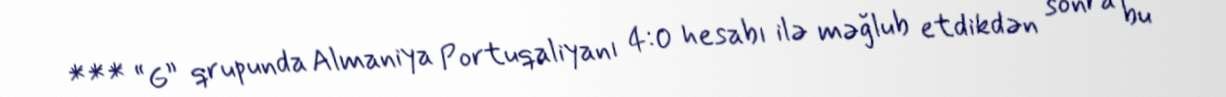
*** “G” qrupunda Almaniya Portuqaliyanı 4:0 hesabı ilə məğlub etdikdən sonra bu